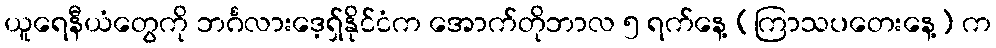
ယူရေနီယံတွေကို ဘင်္ဂလားဒေ့ရှ်နိုင်ငံက အောက်တိုဘာလ ၅ ရက်နေ့ (ကြာသပတေးနေ့) က